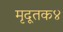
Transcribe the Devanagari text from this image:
मृदूतक४